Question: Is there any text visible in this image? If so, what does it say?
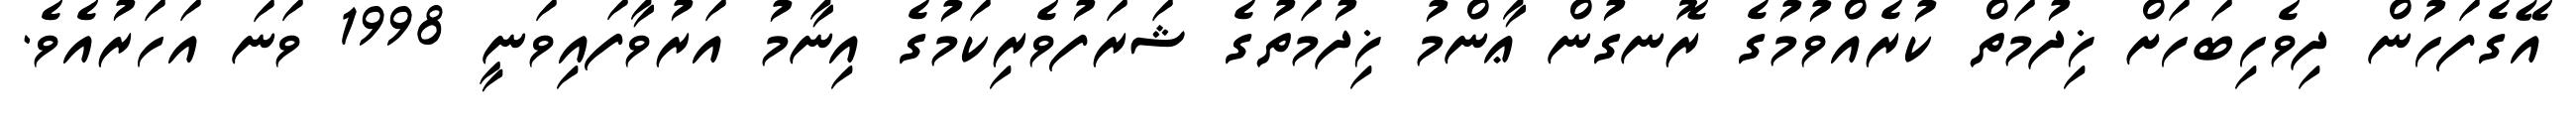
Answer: އޭގެފަހުން ދިވެހިބަހަށް ޚިދުމަތް ކުރެއްވުމުގެ ރޮނގުން ޢާންމު ޚިދުމަތުގެ ޝަރަފުވެރިކަމުގެ އިނާމު އަރުވާފައިވަނީ 1998 ވަނަ އަހަރުއެވެ.